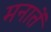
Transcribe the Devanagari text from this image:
मनातें